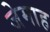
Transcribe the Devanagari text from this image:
जेमाह